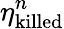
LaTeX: \eta_{\mathrm{killed}}^{n}